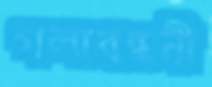
গলাবন্ধনী